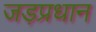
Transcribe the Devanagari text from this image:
जड़प्रधान